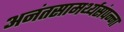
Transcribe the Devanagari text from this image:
अनंतसामर्थ्यसंपन्ना